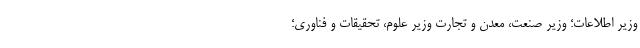
وزیر اطلاعات؛ وزیر صنعت، معدن و تجارت وزیر علوم، تحقیقات و فناوری؛